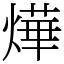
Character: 燁